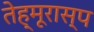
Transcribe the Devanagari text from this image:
तेह्मूरास्प